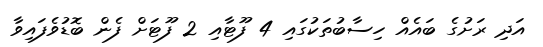
އަދި ރަށުގެ ބައެއް ހިސާބުތަކުގައި 4 ފޫޓާއި 2 ފޫޓަށް ފެން ބޮޑުވެފައިވާ